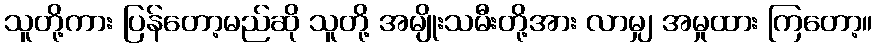
သူတို့ကား ပြန်တော့မည်ဆို သူတို့ အမျိုးသမီးတို့အား လာမျှ အမှုထား ကြတော့။